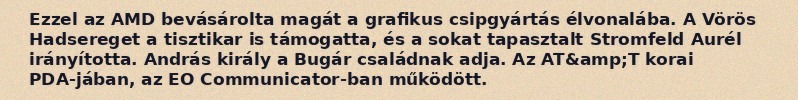
Ezzel az AMD bevásárolta magát a grafikus csipgyártás élvonalába. A Vörös Hadsereget a tisztikar is támogatta, és a sokat tapasztalt Stromfeld Aurél irányította. András király a Bugár családnak adja. Az AT&amp;T korai PDA-jában, az EO Communicator-ban működött.